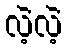
လဲ့လဲ့